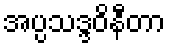
အပ္ပသဒ္ဒဝိနီတာ